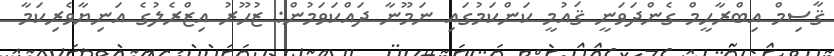
ޤާސިމް އިބްރާހީމް ގެންދަވަނީ ޤައުމީ ކަންކަމުގައި ނަމޫނާ ދައްކަވަމުން: ޒުހޫރު އިޒްރެލުގެ އަނިޔާވެރިކަމާ